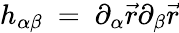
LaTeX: h_{\alpha\beta}\ =\ \partial_{\alpha}\vec{r}\partial_{\beta}\vec{r}